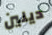
ديلين